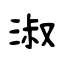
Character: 淑